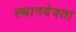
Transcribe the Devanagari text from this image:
स्थानदेवता